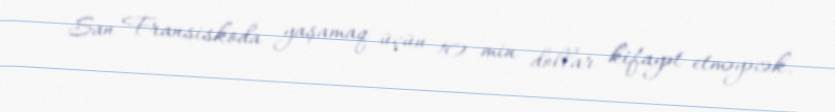
San Fransiskoda yaşamaq üçün 10 min dollar kifayət etməyəcək.